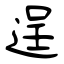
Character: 逞